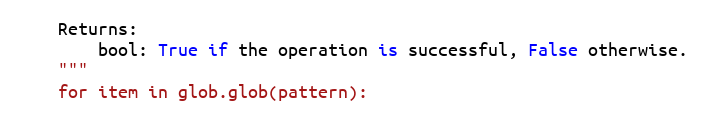
Language: Python
    Returns:
        bool: True if the operation is successful, False otherwise.
    """
    for item in glob.glob(pattern):